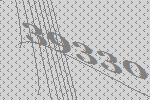
39330